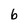
Character: b